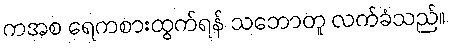
ကအစ ရေကစားထွက်ရန် သဘောတူ လက်ခံသည်။